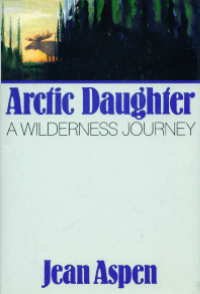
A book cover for Arctic Daughter: A Wilderness Journey; Jean Aspen; Travel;